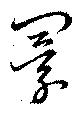
闤